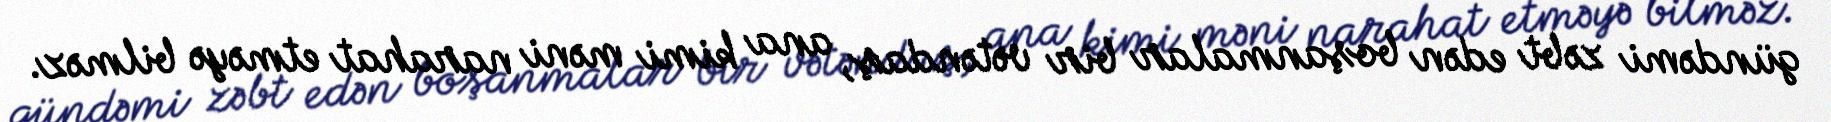
gündəmi zəbt edən boşanmalar bir vətəndaş, ana kimi məni narahat etməyə bilməz.